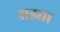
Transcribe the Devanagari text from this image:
राइता